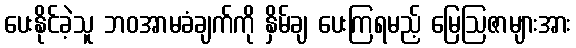
ပေးနိုင်ခဲ့သူ ဘဝအာမခံချက်ကို နှိမ်ချ ပေးကြရမည့် မြေဩဇာများအား